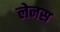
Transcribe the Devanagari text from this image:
लेनस